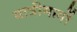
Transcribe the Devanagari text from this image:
यात्रीमार्गो